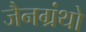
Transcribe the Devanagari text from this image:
जैनग्रंथो